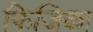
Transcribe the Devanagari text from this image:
फिजिका